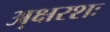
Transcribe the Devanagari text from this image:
अ़क्षरशः